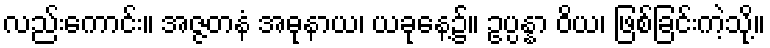
လည်းကောင်း။ အဇ္ဇတနံ အဓုနာယ၊ ယခုနေ့၌။ ဥပ္ပန္နာ ဝိယ၊ ဖြစ်ခြင်းကဲ့သို့။